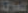
عمولة